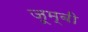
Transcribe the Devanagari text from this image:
जूम्बी